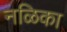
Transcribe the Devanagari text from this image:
नळिका